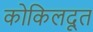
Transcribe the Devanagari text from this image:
कोकिलदूत